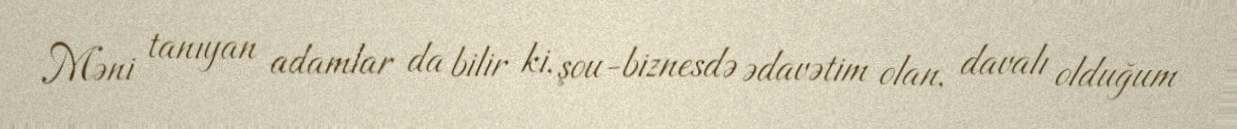
Məni tanıyan adamlar da bilir ki, şou-biznesdə ədavətim olan, davalı olduğum